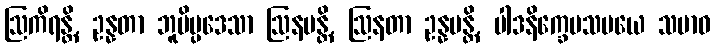
ဩကိရန္တိ, ဥန္နတာ ဘူမိပ္ပဒေသာ ဩနမန္တိ, ဩနတာ ဥန္နမန္တိ, ပါဒနိက္ခေပသမယေ သမာဝ